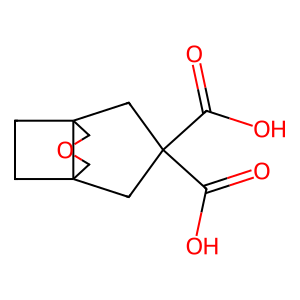
SMILES: O=C(O)C1(C(=O)O)CC23CCC2(COC3)C1
Inhibits HIV replication: No